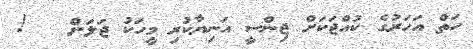
ހަތް އަހަރުގެ ކުއްޖަކަށް ޖިންސީ އަނިޔާކުރި މީހަކު ޖަލަށް   !